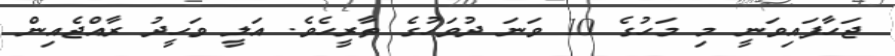
ޖަހާފައިވަނީ މި މަހުގެ 10 ވަަނަ ދުވަހުގެ ތާރީހެވެ. އަލީ ވަހީދު ރާއްޖެއިން